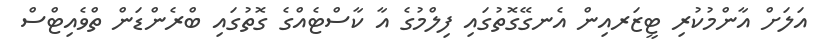
އަލަށް އާންމުކުރި ޓީޒަރއިން އެނގޭގޮތުގައި ފިލްމުގެ އާ ކާސްޓެއްގެ ގޮތުގައި ބްރެންޑަން ތްވެއިޓްސް